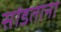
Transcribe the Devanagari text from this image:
सांडताना